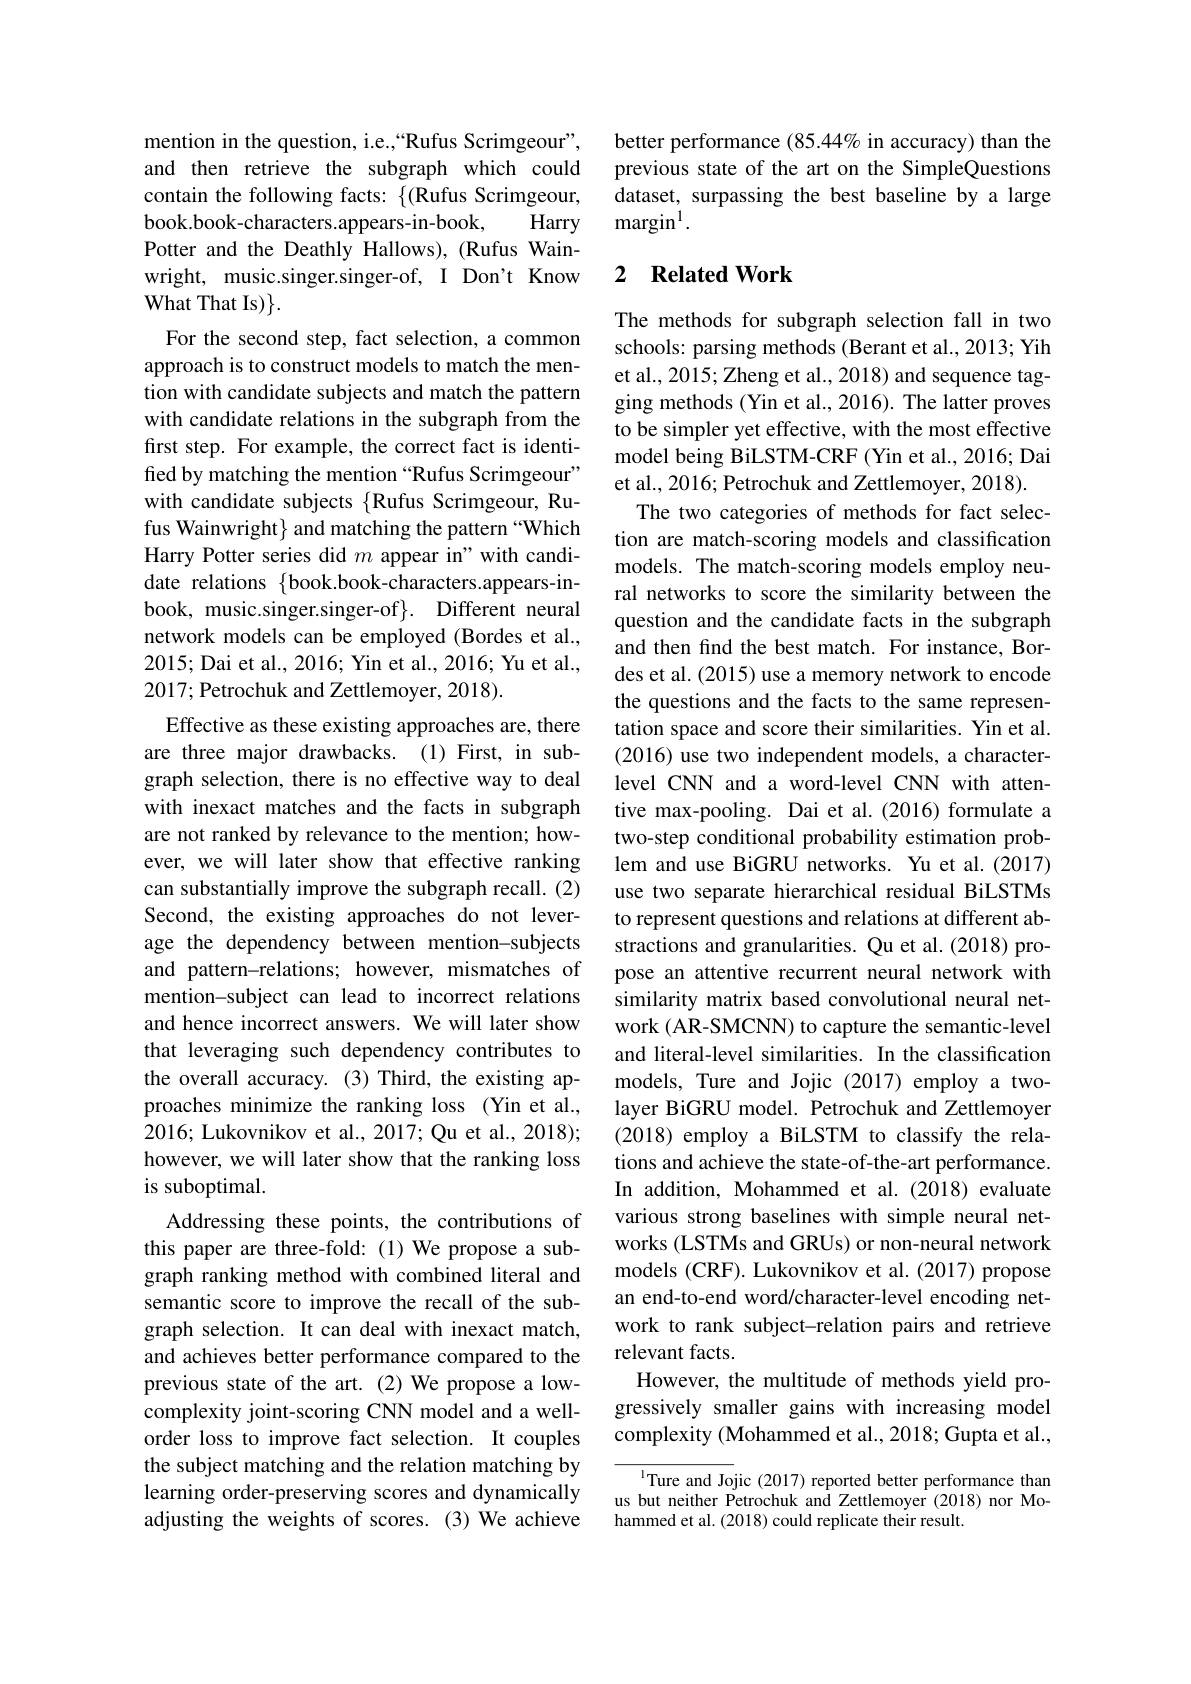
mention in the question, i.e.,“Rufus Scrimgeour”, and then retrieve the subgraph which could contain the following facts: $\{($Rufus Scrimgeour, book.book-characters.appears-in-book,
Harry
Potter and the Deathly Hallows), (Rufus Wainwright, music.singer.singer-of, I Don't Know What That Is)$\}.$
For the second step, fact selection, a common approach is to construct models to match the mention with candidate subjects and match the pattern with candidate relations in the subgraph from the first step. For example, the correct fact is identified by matching the mention “Rufus Scrimgeour” with candidate subjects {Rufus Scrimgeour, Rufus Wainwright} and matching the pattern “Which Harry Potter series did $m$ appear in" with candidate relations $\{$book.book-characters.appears-inbook, music.singer.singer-of}. Different neural network models can be employed (Bordes et al., 2015; Dai et al., 2016; Yin et al., 2016; Yu et al., 2017; Petrochuk and Zettlemoyer, 2018).
Effective as these existing approaches are, there are three major drawbacks.(1)First, in subgraph selection, there is no effective way to deal with inexact matches and the facts in subgraph are not ranked by relevance to the mention; however, we will later show that effective ranking can substantially improve the subgraph recall. (2) Second, the existing approaches do not leverage the dependency between mention-subjects and pattern-relations; however, mismatches of mention-subject can lead to incorrect relations and hence incorrect answers. We will later show that leveraging such dependency contributes to the overall accuracy. (3) Third, the existing approaches minimize the ranking loss (Yin et al., 2016; Lukovnikov et al., 2017; Qu et al., 2018); however, we will later show that the ranking loss is suboptimal.
Addressing these points, the contributions of this paper are three-fold:(1)We propose a subgraph ranking method with combined literal and semantic score to improve the recall of the subgraph selection. It can deal with inexact match, and achieves better performance compared to the previous state of the art.(2) We propose a lowcomplexity joint-scoring CNN model and a wellorder loss to improve fact selection. It couples the subject matching and the relation matching by learning order-preserving scores and dynamically adjusting the weights of scores. (3) We achieve

better performance $(85.44\%$ in accuracy) than the previous state of the art on the SimpleQuestions dataset, surpassing the best baseline by a large $\mathrm{margin}^{1}.$

## 2 Related Work

The methods for subgraph selection fall in two schools: parsing methods (Berant et al., 2013; Yih et al., 2015; Zheng et al., 2018) and sequence tagging methods (Yin et al., 2016). The latter proves to be simpler yet effective, with the most effective model being BiLSTM-CRF (Yin et al., 2016; Dai et al., 2016; Petrochuk and Zettlemoyer, 2018).
The two categories of methods for fact selection are match-scoring models and classification models. The match-scoring models employ neural networks to score the similarity between the question and the candidate facts in the subgraph and then find the best match. For instance, Bordes et al. (2015) use a memory network to encode the questions and the facts to the same representation space and score their similarities. Yin et al. (2016) use two independent models, a characterlevel CNN and a word-level CNN with attentive max-pooling. Dai et al.(2016) formulate a two-step conditional probability estimation problem and use BiGRU networks. Yu et al.(2017) use two separate hierarchical residual BiLSTMs to represent questions and relations at different abstractions and granularities. Qu et al.(2018) propose an attentive recurrent neural network with similarity matrix based convolutional neural network (AR-SMCNN) to capture the semantic-level and literal-level similarities. In the classification models, Ture and Jojic (2017) employ a twolayer BiGRU model. Petrochuk and Zettlemoyer (2018) employ a BiLSTM to classify the relations and achieve the state-of-the-art performance. In addition, Mohammed et al.(2018) evaluate various strong baselines with simple neural networks (LSTMs and GRUs) or non-neural network models (CRF). Lukovnikov et al. (2017) propose an end-to-end word/character-level encoding network to rank subject-relation pairs and retrieve relevant facts.
However, the multitude of methods yield progressively smaller gains with increasing model complexity (Mohammed et al., 2018; Gupta et al.,

$^{\mathrm{l}}$Ture and Jojic (2017) reported better performance than us but neither Petrochuk and Zettlemoyer (2018) nor Mohammed et al. (2018) could replicate their result.